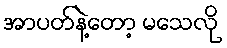
အာပတ်နဲ့တော့ မသေလို